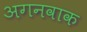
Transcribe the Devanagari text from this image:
अगनवाक